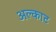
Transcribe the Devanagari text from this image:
अल्काट